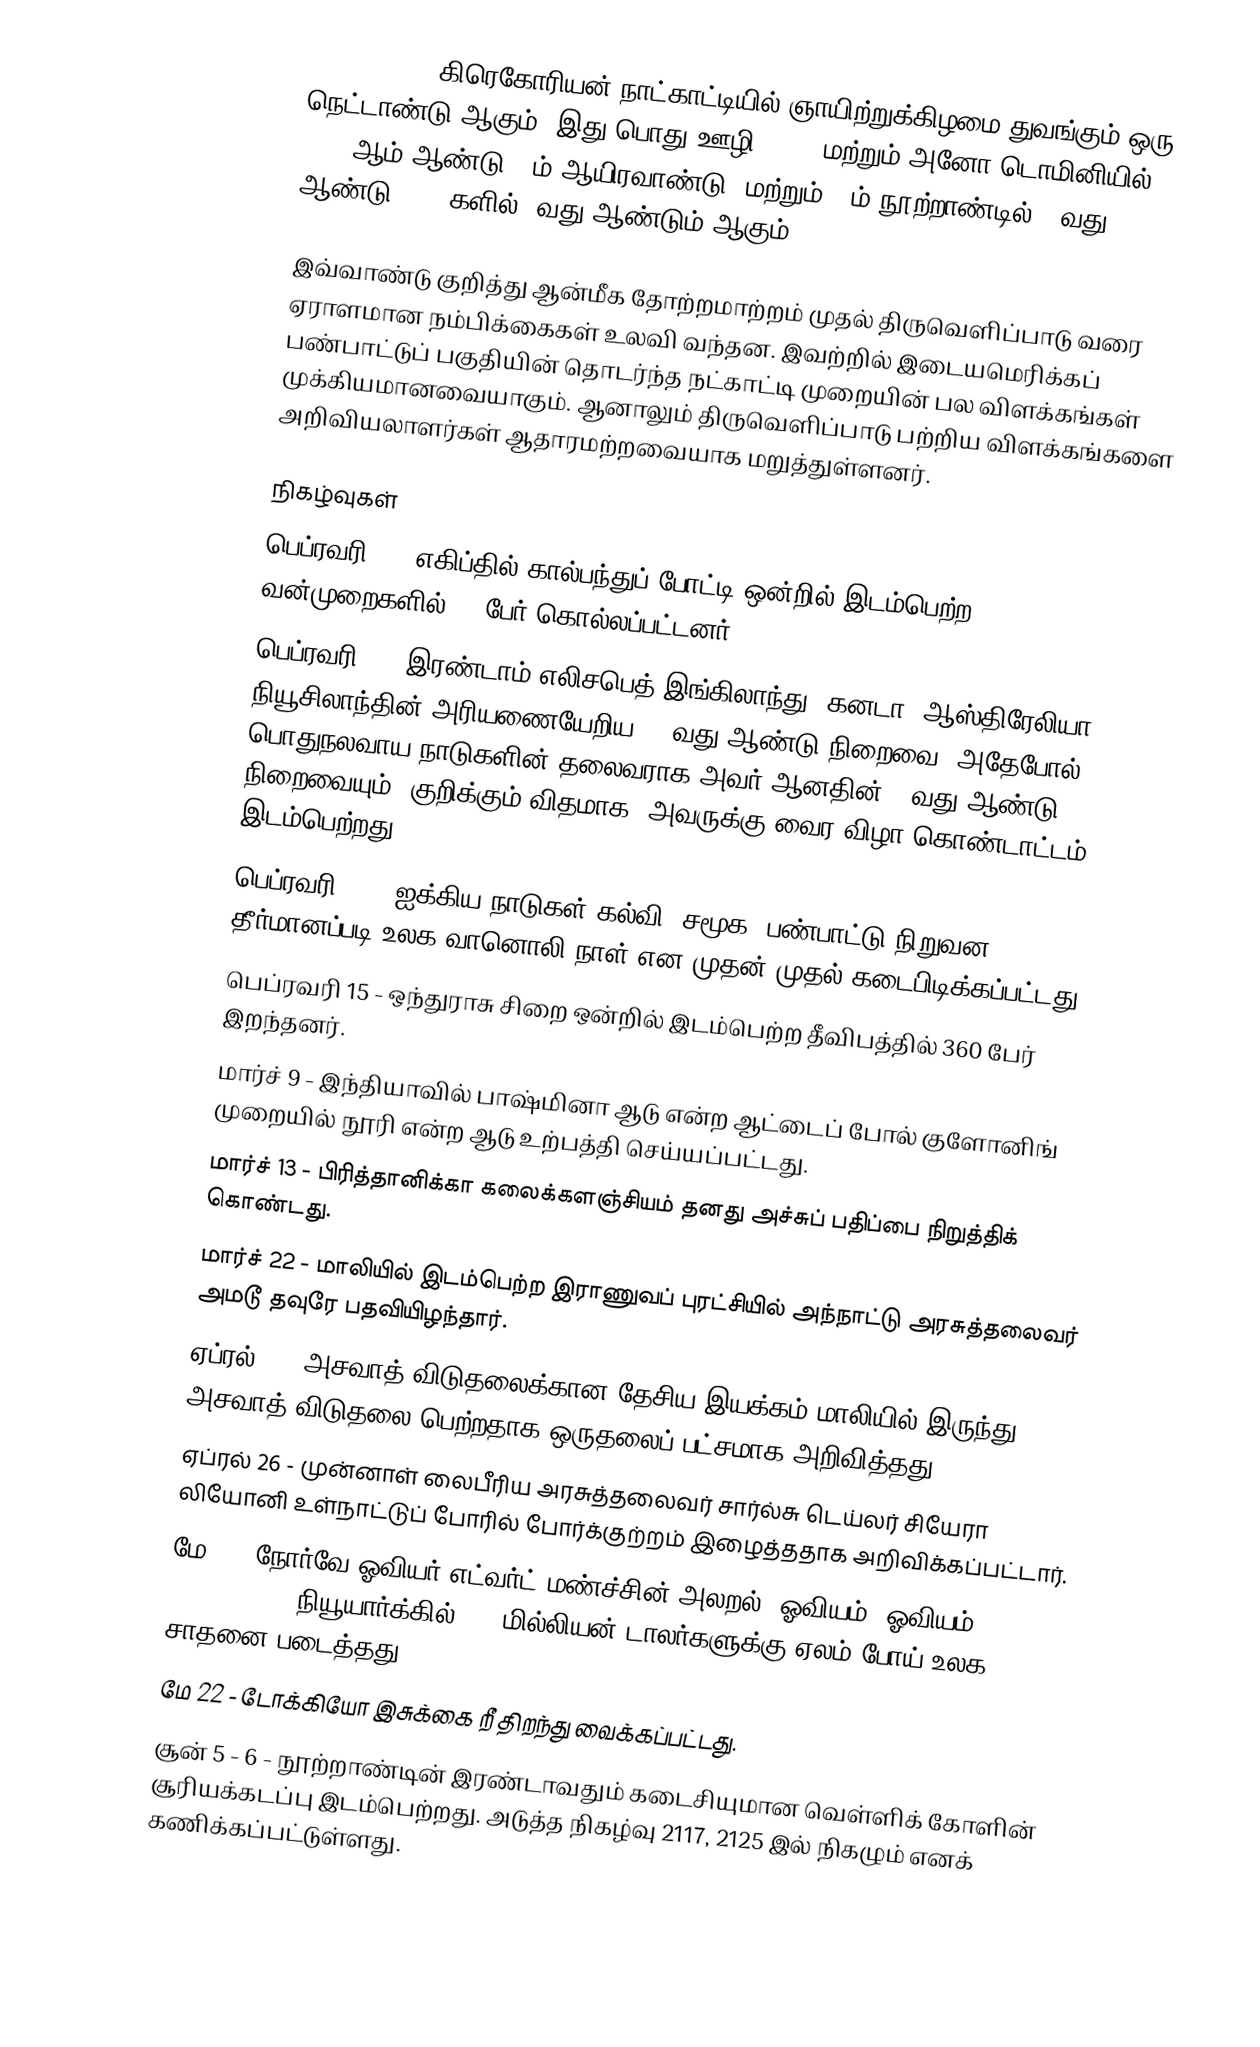
2012 (MMXII) கிரெகோரியன் நாட்காட்டியில் ஞாயிற்றுக்கிழமை துவங்கும் ஒரு நெட்டாண்டு ஆகும். இது பொது ஊழி, (CE) மற்றும் அனோ டொமினியில் (AD) 2012 ஆம் ஆண்டு. 3ம் ஆயிரவாண்டு, மற்றும் 21ம் நூற்றாண்டில் 12வது ஆண்டு, 2010களில் 3வது ஆண்டும் ஆகும்.

இவ்வாண்டு குறித்து ஆன்மீக தோற்றமாற்றம் முதல் திருவெளிப்பாடு வரை ஏராளமான நம்பிக்கைகள் உலவி வந்தன. இவற்றில் இடையமெரிக்கப் பண்பாட்டுப் பகுதியின் தொடர்ந்த நட்காட்டி முறையின் பல விளக்கங்கள் முக்கியமானவையாகும். ஆனாலும் திருவெளிப்பாடு பற்றிய விளக்கங்களை அறிவியலாளர்கள் ஆதாரமற்றவையாக மறுத்துள்ளனர்.

நிகழ்வுகள்
 பெப்ரவரி 1 - எகிப்தில் கால்பந்துப் போட்டி ஒன்றில் இடம்பெற்ற வன்முறைகளில் 79 பேர் கொல்லப்பட்டனர்.
 பெப்ரவரி 6 - இரண்டாம் எலிசபெத் இங்கிலாந்து, கனடா, ஆஸ்திரேலியா & நியூசிலாந்தின் அரியணையேறிய 60 வது ஆண்டு நிறைவை (அதேபோல் பொதுநலவாய நாடுகளின் தலைவராக அவர் ஆனதின் 60வது ஆண்டு நிறைவையும்) குறிக்கும் விதமாக, அவருக்கு வைர விழா கொண்டாட்டம் இடம்பெற்றது.
 பெப்ரவரி 13 - ஐக்கிய நாடுகள் கல்வி, சமூக, பண்பாட்டு நிறுவன தீர்மானப்படி உலக வானொலி நாள் என முதன் முதல் கடைபிடிக்கப்பட்டது.
 பெப்ரவரி 15 - ஒந்துராசு சிறை ஒன்றில் இடம்பெற்ற தீவிபத்தில் 360 பேர் இறந்தனர்.
 மார்ச் 9 - இந்தியாவில் பாஷ்மினா ஆடு என்ற ஆட்டைப் போல் குளோனிங் முறையில் நூரி என்ற ஆடு உற்பத்தி செய்யப்பட்டது.
 மார்ச் 13 - பிரித்தானிக்கா கலைக்களஞ்சியம் தனது அச்சுப் பதிப்பை நிறுத்திக் கொண்டது.
 மார்ச் 22 - மாலியில் இடம்பெற்ற இராணுவப் புரட்சியில் அந்நாட்டு அரசுத்தலைவர் அமடூ தவுரே பதவியிழந்தார்.
 ஏப்ரல் 6 - அசவாத் விடுதலைக்கான தேசிய இயக்கம் மாலியில் இருந்து அசவாத் விடுதலை பெற்றதாக ஒருதலைப் பட்சமாக அறிவித்தது.
 ஏப்ரல் 26 - முன்னாள் லைபீரிய அரசுத்தலைவர் சார்ல்சு டெய்லர் சியேரா லியோனி உள்நாட்டுப் போரில் போர்க்குற்றம் இழைத்ததாக அறிவிக்கப்பட்டார்.
 மே 2 - நோர்வே ஓவியர் எட்வர்ட் மண்ச்சின் அலறல் (ஓவியம்) ஓவியம் US$120 million in a நியூயார்க்கில் 120 மில்லியன் டாலர்களுக்கு ஏலம் போய் உலக சாதனை படைத்தது.
 மே 22 - டோக்கியோ இசுக்கை றீ திறந்து வைக்கப்பட்டது.
 சூன் 5 - 6 - நூற்றாண்டின் இரண்டாவதும் கடைசியுமான வெள்ளிக் கோளின் சூரியக்கடப்பு இடம்பெற்றது. அடுத்த நிகழ்வு 2117, 2125 இல் நிகழும் எனக் கணிக்கப்பட்டுள்ளது.